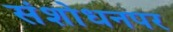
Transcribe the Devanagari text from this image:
संशाेधनपर